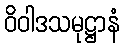
ဝိဝါဒသမုဋ္ဌာနံ